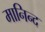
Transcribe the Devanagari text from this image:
मानिन्द